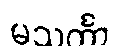
မသင်္ကာ